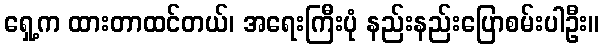
ရှေ့က ထားတာထင်တယ်၊ အရေးကြီးပုံ နည်းနည်းပြောစမ်းပါဦး။